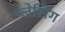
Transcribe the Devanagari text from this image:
प्लेसिंग